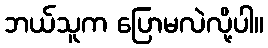
ဘယ်သူက ပြောမလဲလို့ပါ။